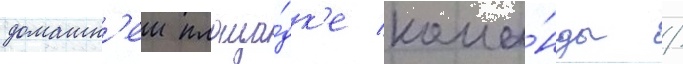
домашн'еи площа́дк'е кома́нды /